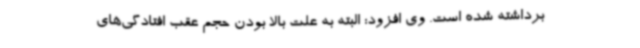
برداشته شده است. وی افزود: البته به علت بالا بودن حجم عقب افتادگی‌های